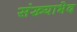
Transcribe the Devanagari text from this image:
संख्याभेद